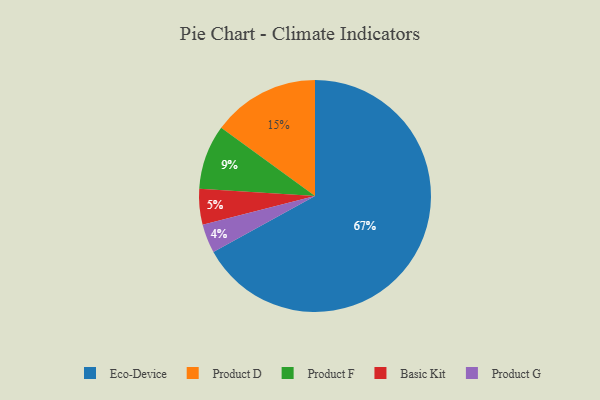
{"axis": {"x": "Category", "y": "Percentage"}, "legend": ["Basic Kit", "Eco-Device", "Product D", "Product F", "Product G"], "data": [{"x": "Product D", "y": 15, "type": "Product D"}, {"x": "Product G", "y": 4, "type": "Product G"}, {"x": "Product F", "y": 9, "type": "Product F"}, {"x": "Basic Kit", "y": 5, "type": "Basic Kit"}, {"x": "Eco-Device", "y": 67, "type": "Eco-Device"}]}